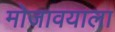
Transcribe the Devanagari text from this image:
मोजावयाला